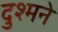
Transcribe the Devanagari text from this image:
दुश्मने